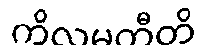
ကိလမတီတိ